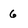
Character: 6